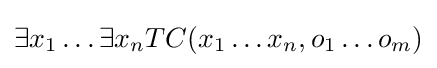
\exists x_{1}\ldots \exists x_{n}TC(x_{1}\ldots x_{n},o_{1}\ldots o_{m})